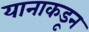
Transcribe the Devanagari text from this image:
यानाकडून